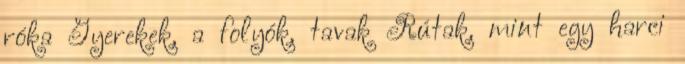
róka Gyerekek, a folyók, tavak Rútak, mint egy harci